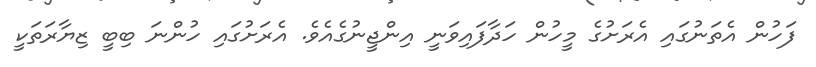
ފަހުން އެތަނުގައި އެރަށުގެ މީހުން ހަދާފައިވަނީ އިންޖީނުގެއެވެ. އެރަށުގައި ހުންނަ ބިބީ ޒިޔާރަތަކީ